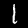
Label: 1